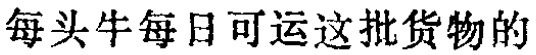
每头牛每日可运这批货物的